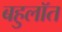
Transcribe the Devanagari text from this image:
बहुलॉत